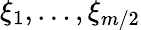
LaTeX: \xi_{1},\ldots,\xi_{m/2}